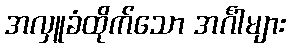
အလှူခံထိုက်သော အင်္ဂါများ